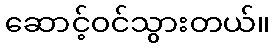
ဆောင့်ဝင်သွားတယ်။